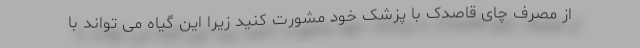
از مصرف چای قاصدک با پزشک خود مشورت کنید زیرا این گیاه می تواند با